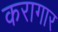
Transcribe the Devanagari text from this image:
करागार